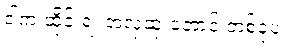
ဒါက ထိုင်းရဲ့ အလှဆုံးတောင် တစ်ခုပဲ။